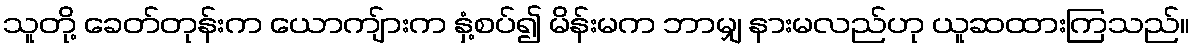
သူတို့ ခေတ်တုန်းက ယောကျ်ားက နှံ့စပ်၍ မိန်းမက ဘာမျှ နားမလည်ဟု ယူဆထားကြသည်။